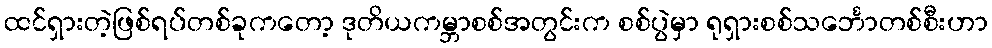
ထင်ရှားတဲ့ဖြစ်ရပ်တစ်ခုကတော့ ဒုတိယကမ္ဘာစစ်အတွင်းက စစ်ပွဲမှာ ရုရှားစစ်သင်္ဘောတစ်စီးဟာ